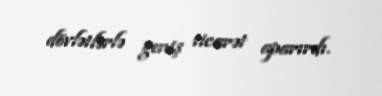
dövlətlərlə geniş ticarət aparırdı.